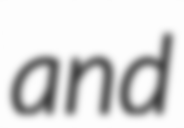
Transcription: and